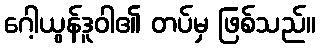
ဂေါ့ယွန်ဒူဝါ၏ တပ်မှ ဖြစ်သည်။